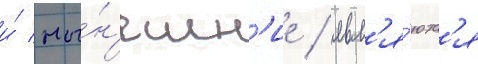
и́ ны́н'ешн'ие / явл'я́ютс'я